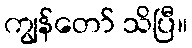
ကျွန်တော် သိပြီ။